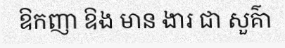
ឱកញា ឱង មាន ងារ ជា សួគ៌ា